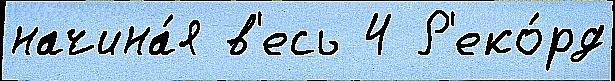
начина́я в'есь 4 Р'еко́рд